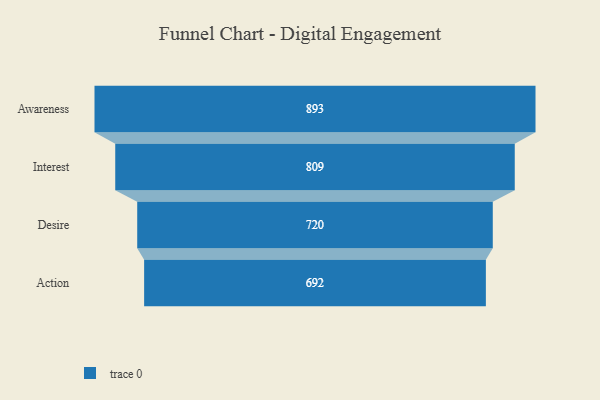
{"axis": {"x": "Stage", "y": "Value"}, "legend": [""], "data": [{"x": "Awareness", "y": 893.0, "type": ""}, {"x": "Interest", "y": 809.0, "type": ""}, {"x": "Desire", "y": 720.0, "type": ""}, {"x": "Action", "y": 692.0, "type": ""}]}